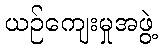
ယဉ်ကျေးမှုအဖွဲ့